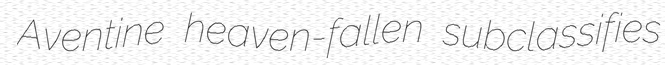
Aventine heaven-fallen subclassifies